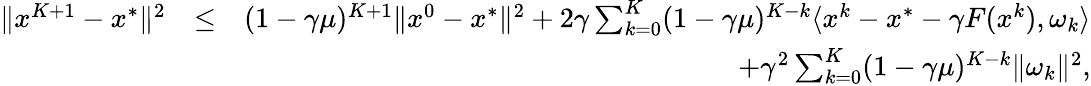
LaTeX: \begin{array}{rlr}{\| x^{K+1}-x^{*}\| ^{2}}&{\leq}&{(1-\gamma\mu)^{K+1}\| x^{0}-x^{*}\| ^{2}+2\gamma\sum_{k=0}^{K}(1-\gamma\mu)^{K-k}\langle x^{k}-x^{*}-\gamma F(x^{k}),\omega_{k}\rangle}\\ &{}&{\quad+\gamma^{2}\sum_{k=0}^{K}(1-\gamma\mu)^{K-k}\| \omega_{k}\| ^{2},}\end{array}